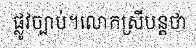
ផ្លូវច្បាប់។លោកស្រីបន្តថា